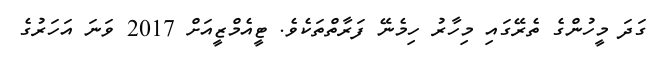
ގަދަ މީހުންގެ ތެރޭގައި މިހާރު ހިމެނޭ ފަރާތްތަކެވެ. ޓީއެމްޒީއަށް 2017 ވަނަ އަހަރުގެ